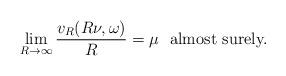
LaTeX: \begin{align*}\lim_{R\to\infty} \dfrac{v_R(R\nu,\omega)}{R} = \mu \ \hbox{ almost surely.}\end{align*}